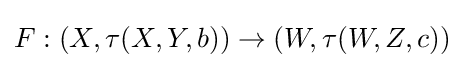
F:(X,\tau (X,Y,b))\to (W,\tau (W,Z,c))